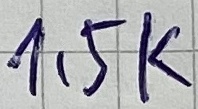
Text: 1,5K